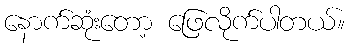
နောက်ဆုံးတော့ ဖြေလိုက်ပါတယ်။